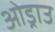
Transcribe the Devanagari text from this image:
ओड्राउ